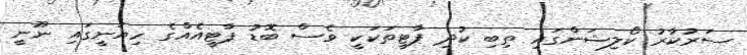
ސަރުކާރު ކޯލިޝަންގައި ތިބި ކުދި ޕާޓީތަކަކީ ވެސް ބޮޑު ޕާޓީއެއްގެ ހިޔަނީގައި ނޫނީ